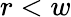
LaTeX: r<w